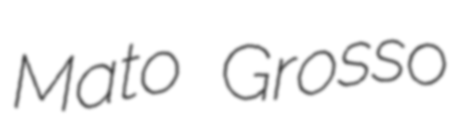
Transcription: Mato Grosso